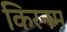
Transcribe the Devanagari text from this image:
किरनम